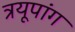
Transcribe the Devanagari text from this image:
त्रयूपांग